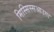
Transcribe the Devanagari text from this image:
मिस्सिस्सआउगा